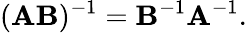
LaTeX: (\mathbf{A}\mathbf{B})^{-1}=\mathbf{B}^{-1}\mathbf{A}^{-1}.